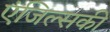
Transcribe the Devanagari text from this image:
एंजिल्सकी